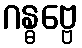
ဂန္ဓဗ္ဗေ